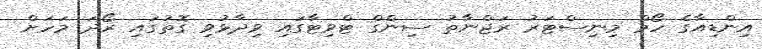
އިންޑިއާގެ ހޯމް މިނިސްޓަރު ރަޖްނާތު ސިންގް ޓްވިޓާގައި ވިދާޅުވި ގޮތުގައި ރޯދަ މަހަށް